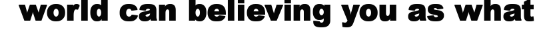
world can believing you as what